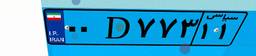
۸۸D۰۶۳۴۷